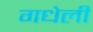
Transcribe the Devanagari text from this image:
गधेली